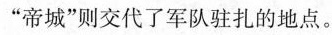
”帝城”则交代了军队驻扎的地点。